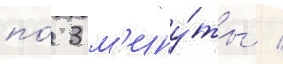
по́ 3 м'ину́ты /